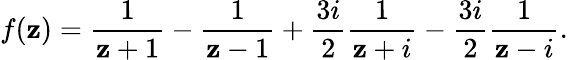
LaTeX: f(\mathbf{z})={\frac{{1}}{{\mathbf{z}+1}}}-{\frac{{1}}{{\mathbf{z}-1}}}+{\frac{{3i}}{{2}}}{\frac{{1}}{{\mathbf{z}+i}}}-{\frac{{3i}}{{2}}}{\frac{{1}}{{\mathbf{z}-i}}}.